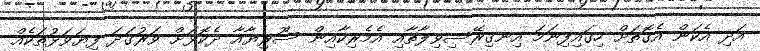
އަދި އެކަން އެގޮތަށް ހިގައިފިނަމަ އިނގިރޭސިވިލާތާއި އެމެރިކާއިން ސޫރިޔާއާ ދެކޮޅަށް ވަރުގަދަ ފިޔަވަޅުތަކެއް